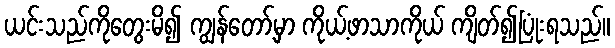
ယင်းသည်ကိုတွေးမိ၍ ကျွန်တော့်မှာ ကိုယ့်ဖာသာကိုယ် ကျိတ်၍ပြုံးရသည်။